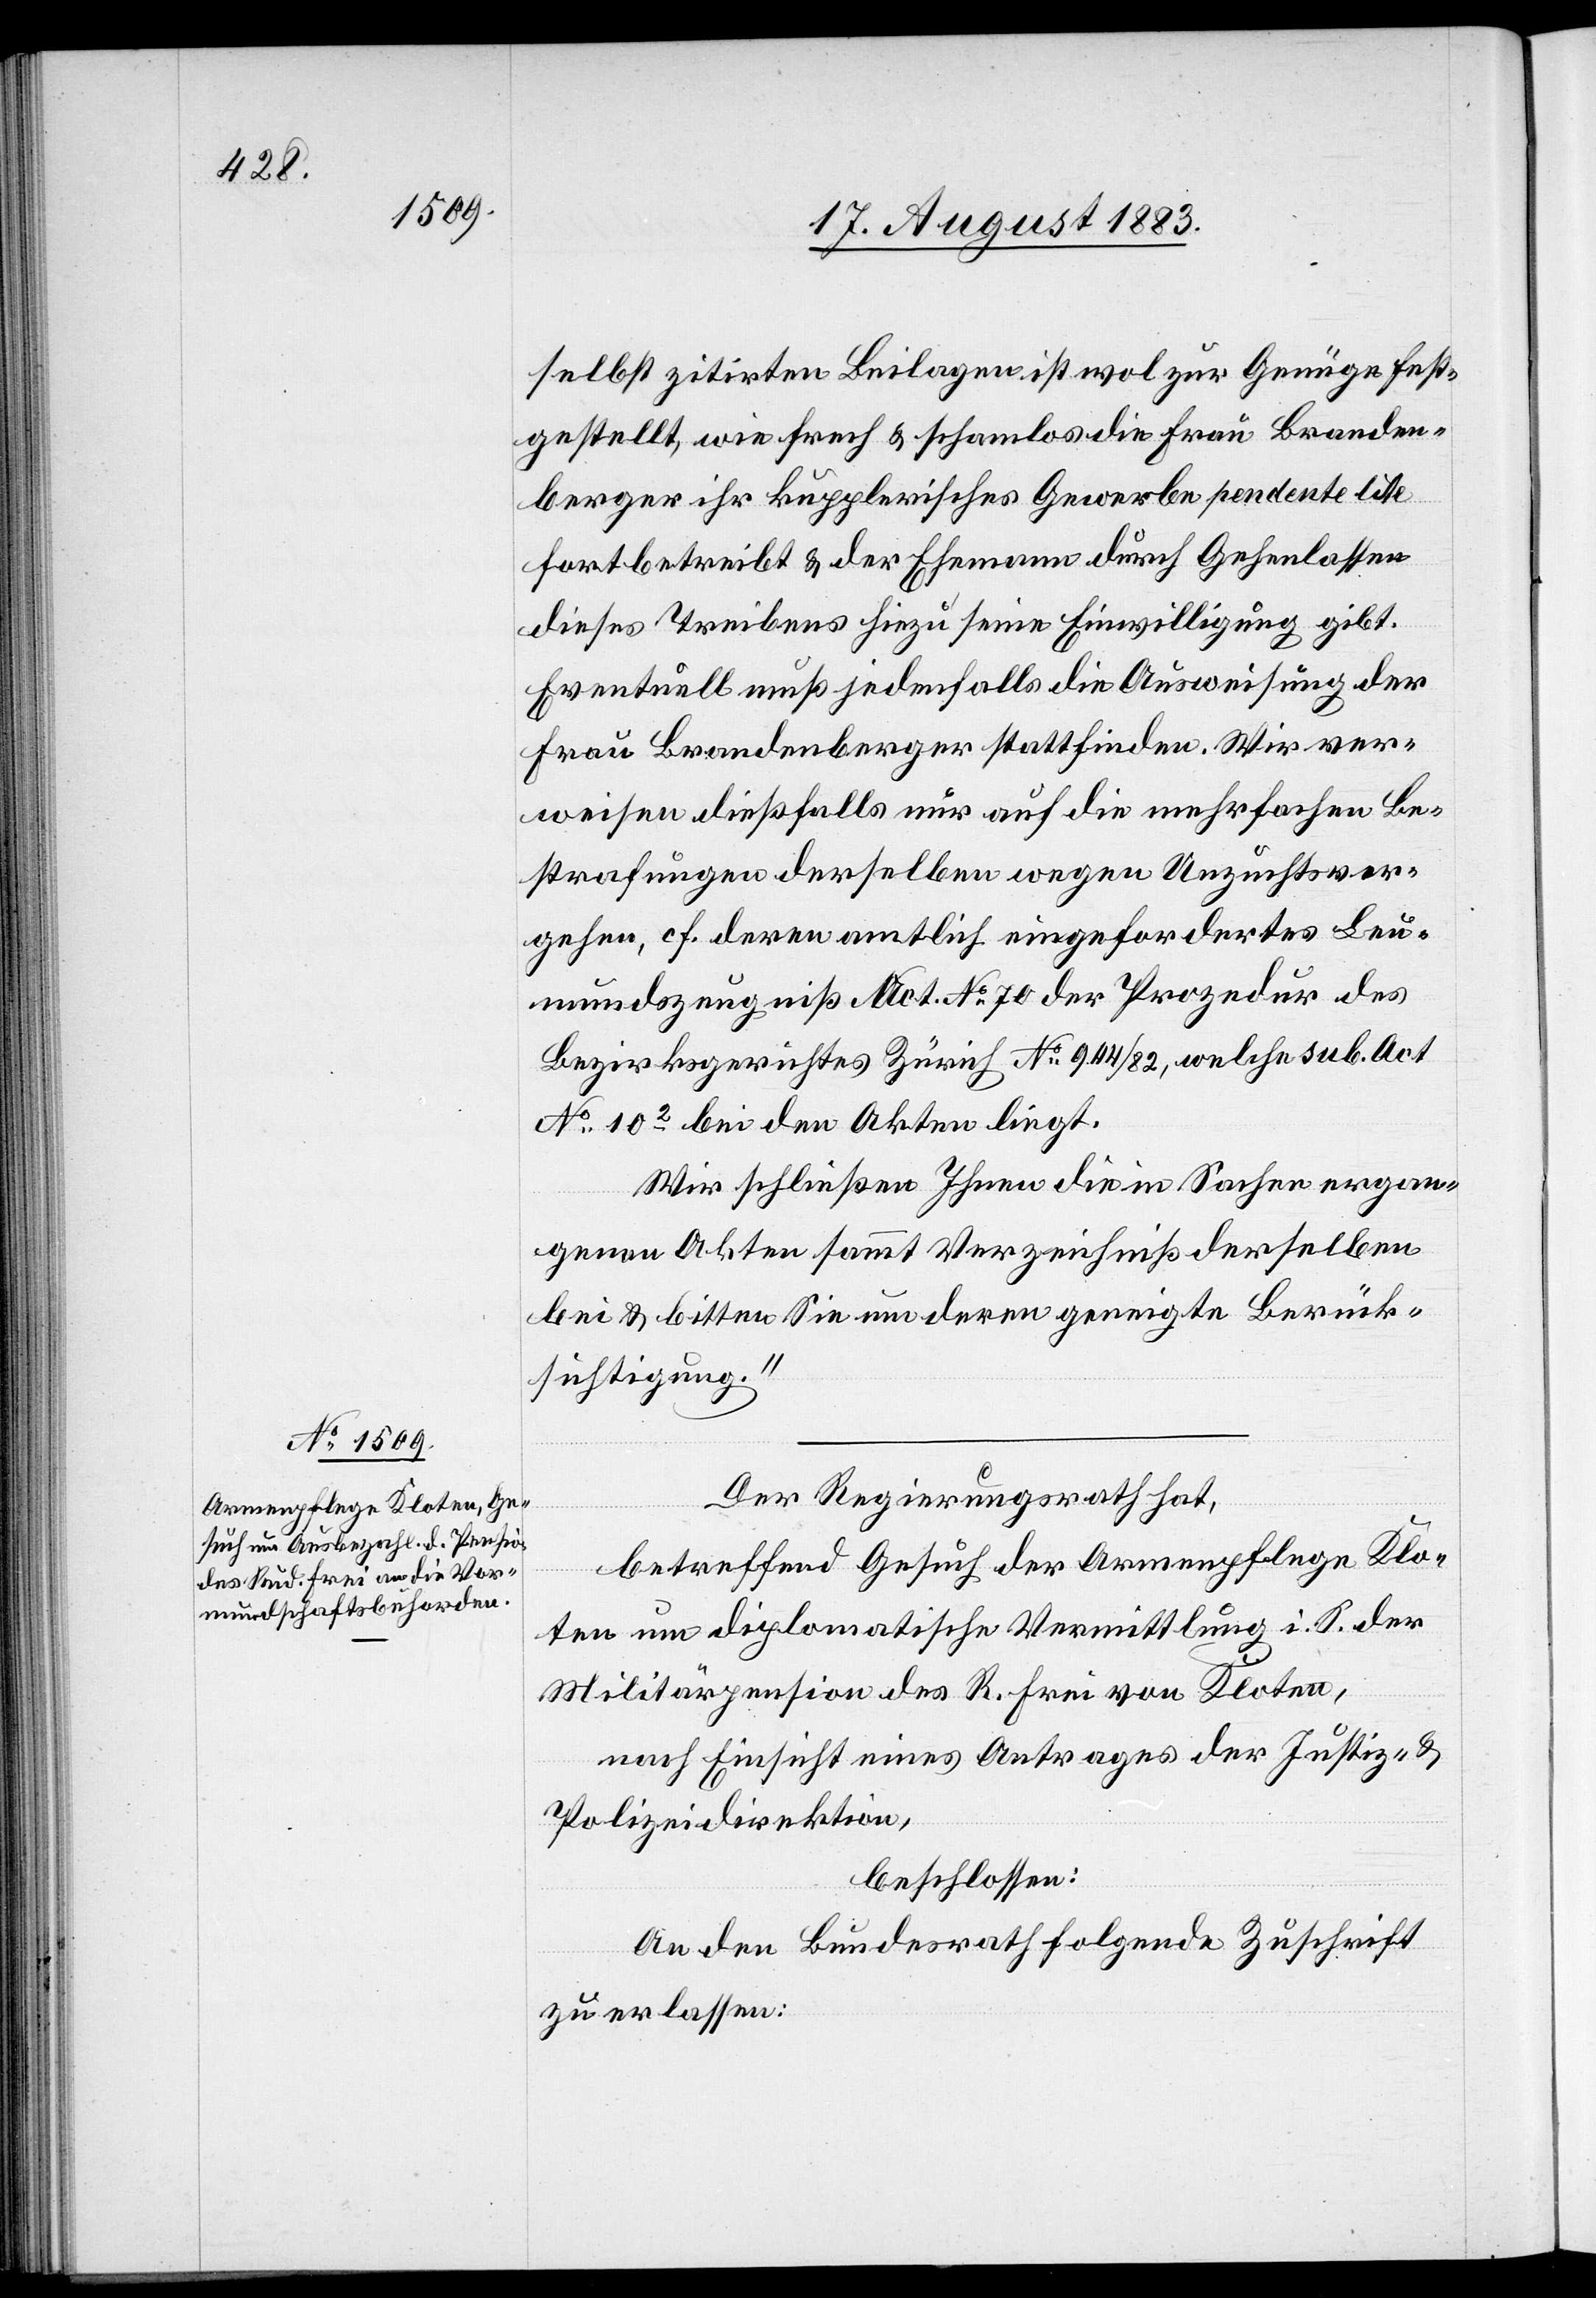
selbst zitirten Beilagen ist wol zur Genüge fest¬
gestellt, wie frech & schamlos die Frau Branden¬
berger ihr kupplerisches Gewerbe pendente litte
fortbetreibt & der Ehemann durch Gehenlassen
dieses Treibens hiezu seine Einwilligung gibt.
Eventuell muß jedenfalls die Ausweisung der
Frau Brandenberger stattfinden. Wir ver¬
weisen dießfalls nur auf die mehrfachen Be¬
strafungen derselben wegen Unzuchtsver¬
gehen, cf. deren amtlich eingefordertes Leu¬
mundszeugniß Act. No 70 der Prozedur des
Bezirksgerichtes Zürich No 944/82, welches sub. Act.
No 102 bei den Akten liegt.
Wir schließen Ihnen die in Sachen ergan¬
genen Akten sammt Verzeichniß derselben
bei & bitten Sie um deren geeignete Berück¬
sichtigung.“
Der Regierungsrath hat,
betreffend Gesuch der Armenpflege Klo¬
ten um diplomatische Vermittlung i. S. der
Militärpension des R. Frei von Kloten,
nach Einsicht eines Antrages der Justiz- &
Polizeidirektion,
beschlossen:
An den Bundesrath folgende Zuschrift
zu erlassen: